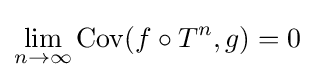
\lim _{n\to \infty }\operatorname {Cov} (f\circ T^{n},g)=0